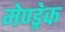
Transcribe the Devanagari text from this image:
मेण्ड्रेक